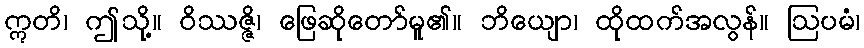
ဣတိ၊ ဤသို့။ ဝိဿဇ္ဇိ၊ ဖြေဆိုတော်မူ၏။ ဘိယျော၊ ထိုထက်အလွန်။ ဩပမံ၊